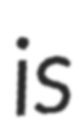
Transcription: is